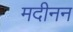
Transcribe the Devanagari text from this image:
मदीनन